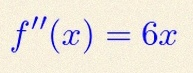
f''(x)=6x